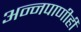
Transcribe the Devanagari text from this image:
अन्नपाणीही